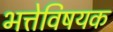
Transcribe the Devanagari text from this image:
भत्तेविषयक